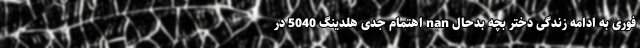
فوری به ادامه زندگی دختر بچه بدحال nan اهتمام جدی هُلدینگ 5040 در